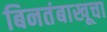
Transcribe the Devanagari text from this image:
बिनतंबाखूचा